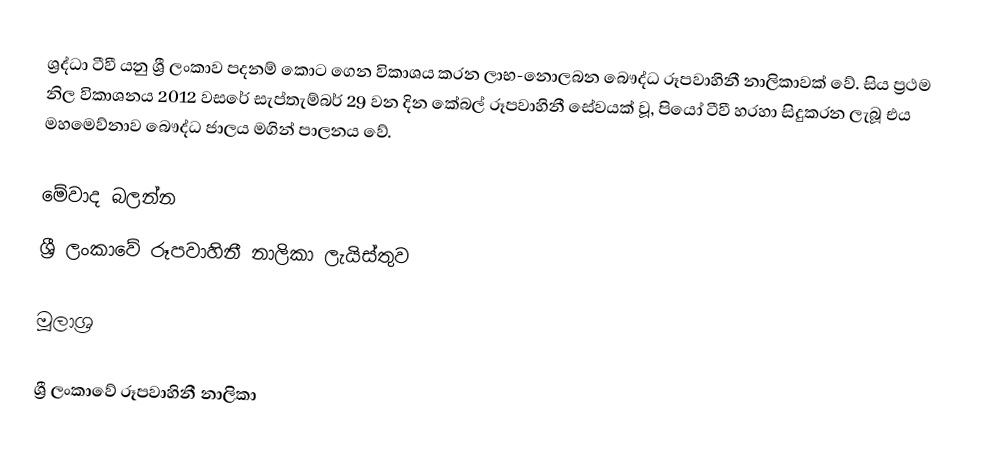
ශ්‍රද්ධා ටීවී යනු ශ්‍රී ලංකාව පදනම් කොට ගෙන විකාශය කරන ලාභ-නොලබන බෞද්ධ රූපවාහිනී නාලිකාවක් වේ. සිය ප්‍රථම නිල විකාශනය 2012 වසරේ සැප්තැම්බර් 29 වන දින කේබල් රූපවාහිනී සේවයක් වූ, පියෝ ටීවී හරහා සිදුකරන ලැබූ එය මහමෙව්නාව බෞද්ධ ජාලය මගින් පාලනය වේ.

මේවාද බලන්න
 ශ්‍රී ලංකාවේ රූපවාහිනී නාලිකා ලැයිස්තුව

මූලාශ්‍ර

ශ්‍රී ලංකාවේ රූපවාහිනී නාලිකා